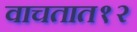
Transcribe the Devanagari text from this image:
वाचतात१२